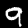
Digit: 9